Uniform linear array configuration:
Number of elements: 64
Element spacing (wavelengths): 0.25
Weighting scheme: kaiser
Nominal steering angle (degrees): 60
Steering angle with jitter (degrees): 61.193
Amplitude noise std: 0.05
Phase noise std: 0.05

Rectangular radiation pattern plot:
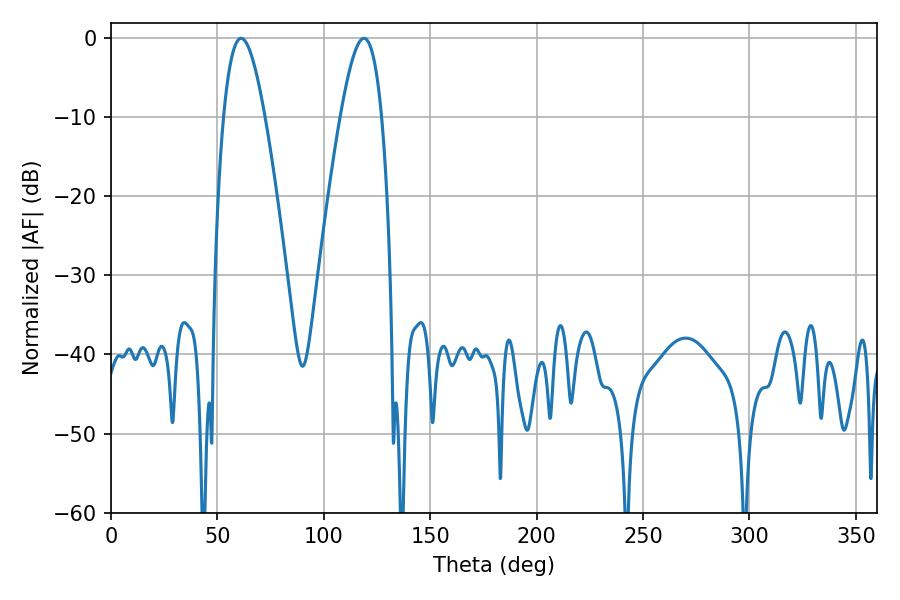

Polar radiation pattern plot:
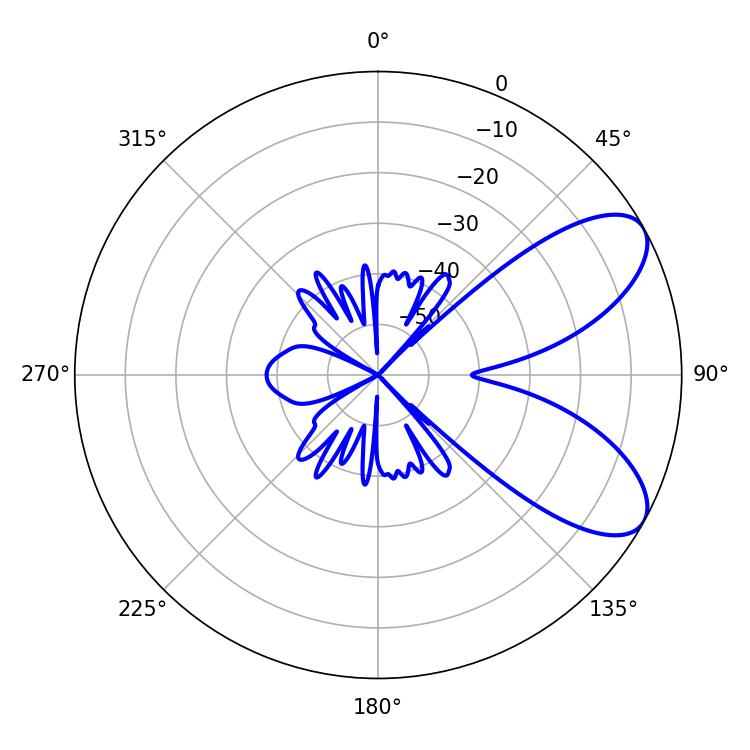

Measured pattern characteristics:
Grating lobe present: FALSE
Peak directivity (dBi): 7.562
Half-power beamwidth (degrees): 10.44
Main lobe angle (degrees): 61.2